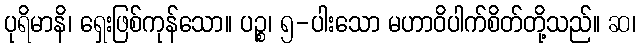
ပုရိမာနိ၊ ရှေးဖြစ်ကုန်သော။ ပဉ္စ၊ ၅-ပါးသော မဟာဝိပါက်စိတ်တို့သည်။ ဆ၊